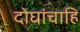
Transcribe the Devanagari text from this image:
दोघांचाहि